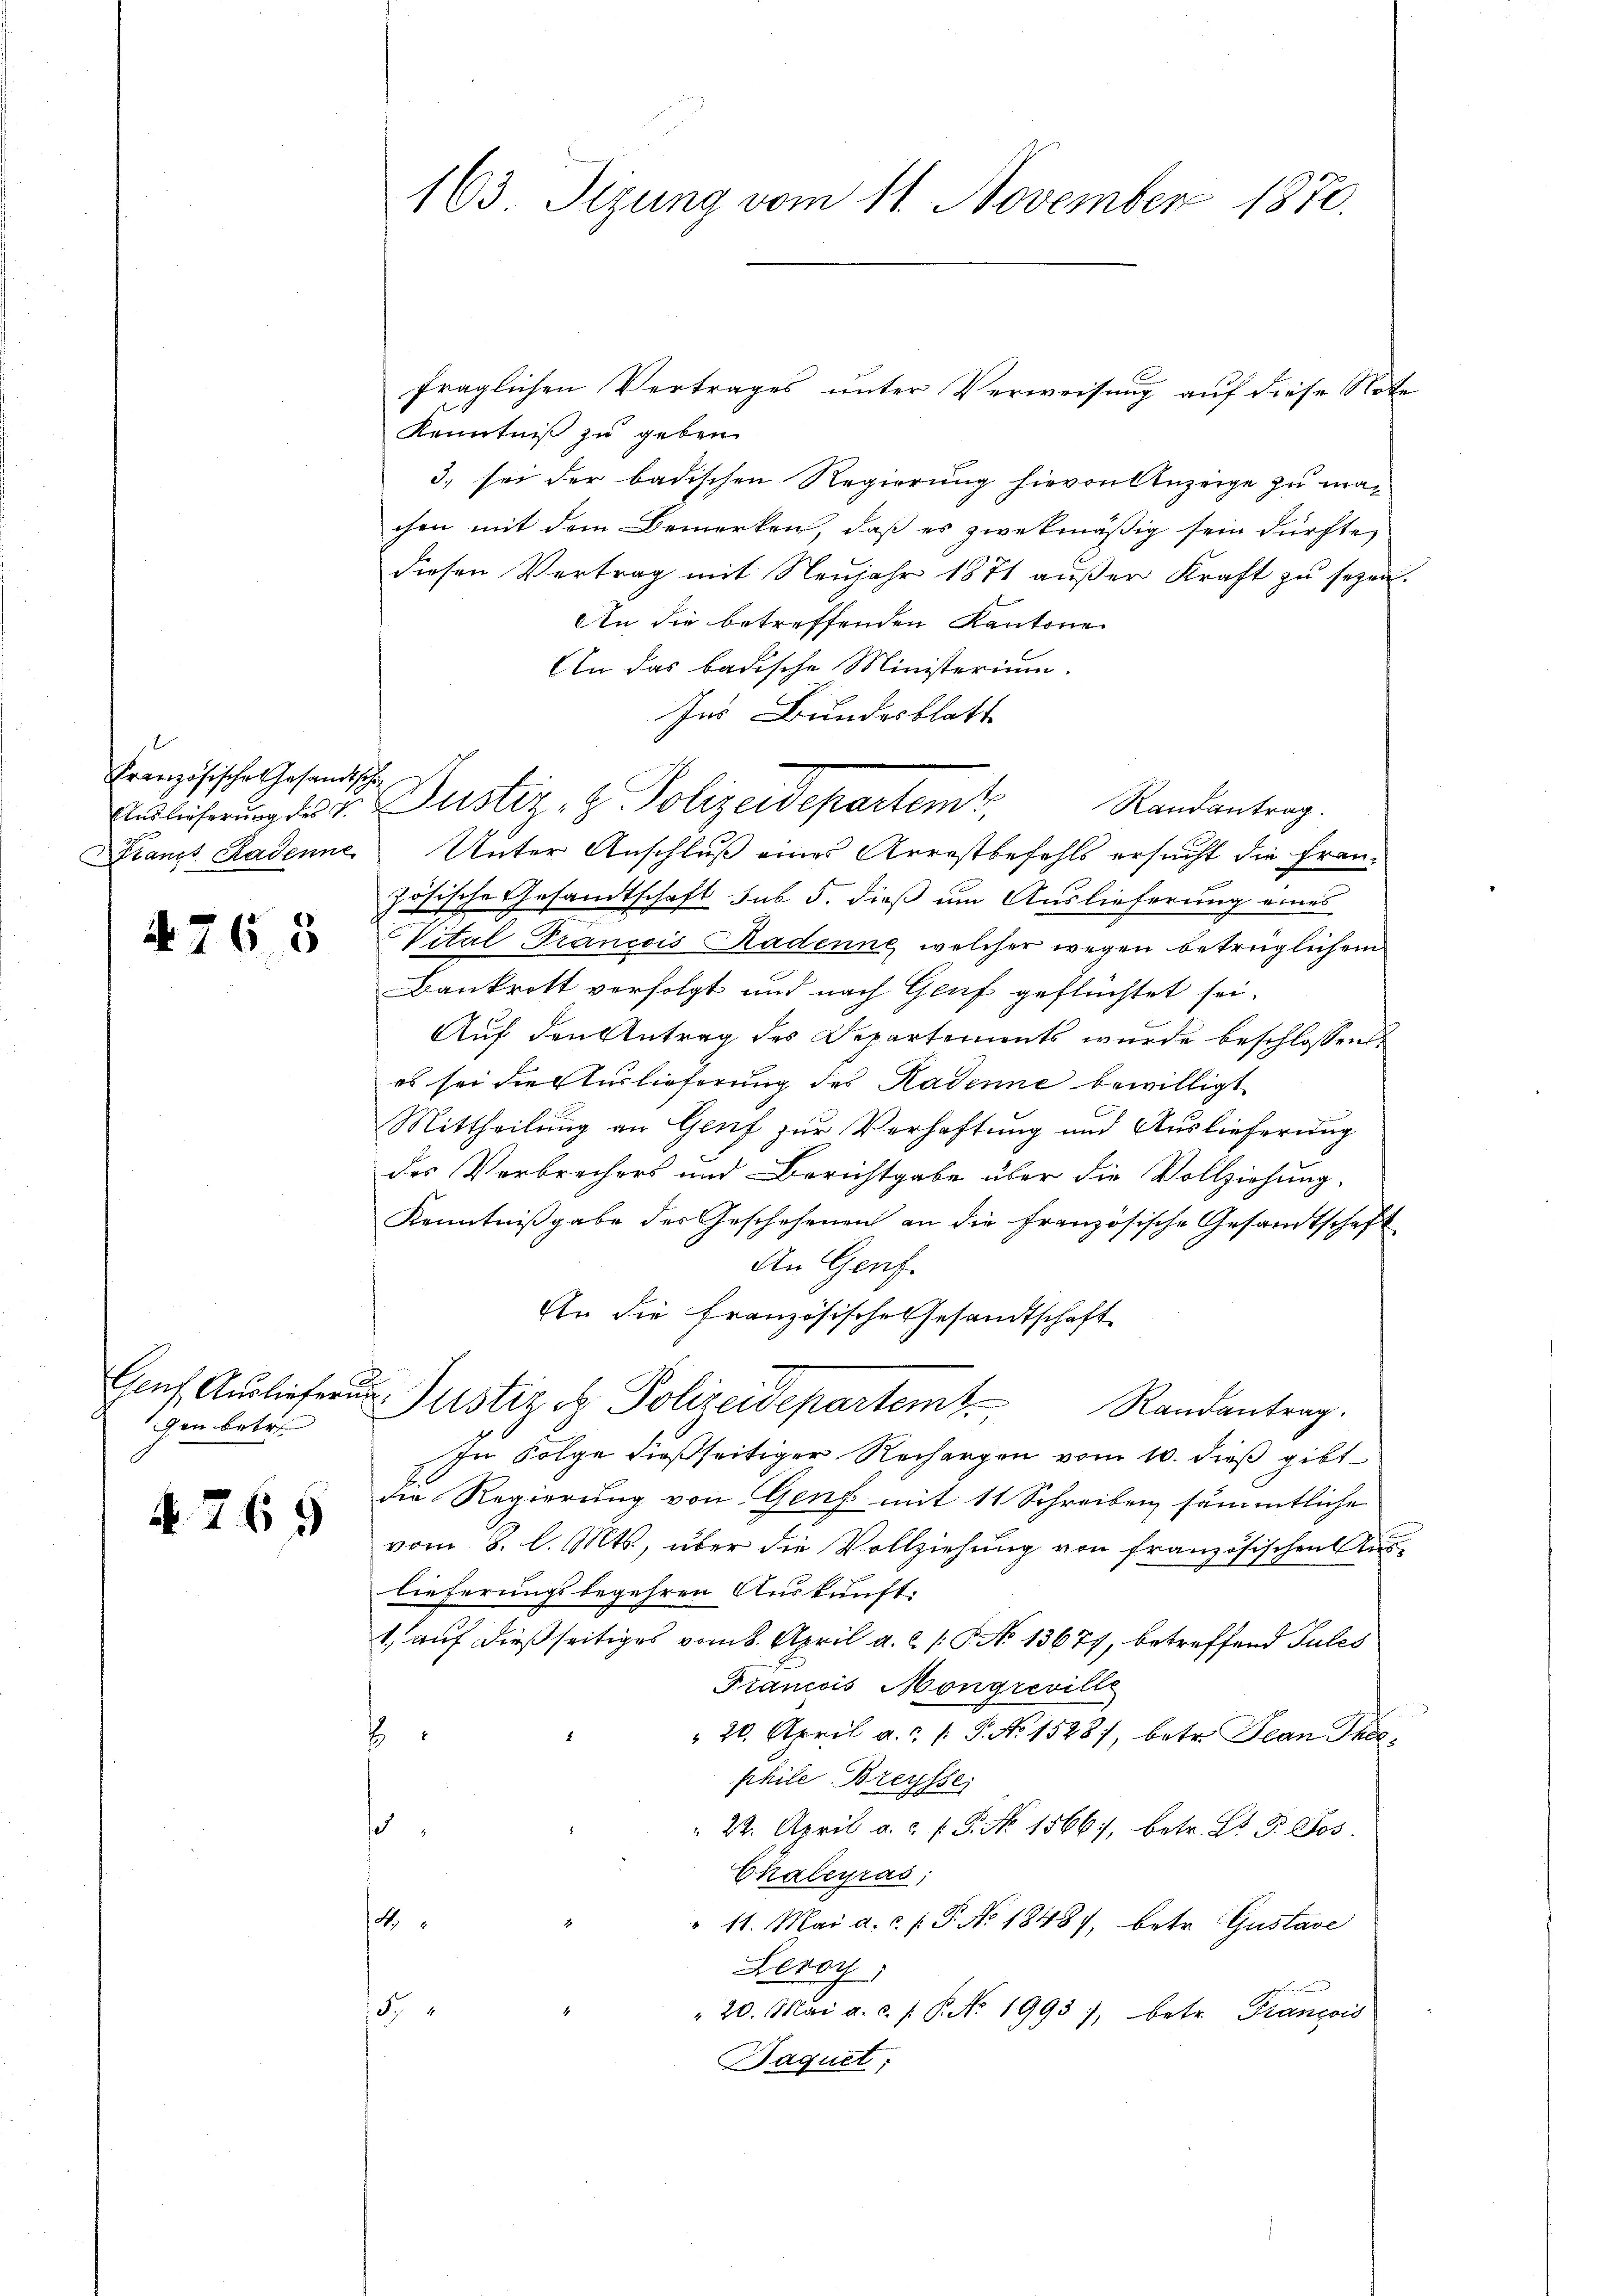
Französische Gesandtschie
Brandt. Kadenne

4768

Gauf Auslieferu
en betr

§ 765

163 Sizung vom 11. November 1870.

fraglichen Vertrages unter Verweisung auf diese Note
Kenntniß zu geben.
3. sei der badischen Regierung hievon Anzeige zu machen mit dem Bemerken, daß es zwekmäßig sein dürfte,
diesen Vertrag mit Neujahr 1871 außer Kraft zu sezen-
An die betreffenden Kantone
An das badische Ministerium.
Ins Bundesblatt
Ausführung des v. Justiz- & Polizeidepartemt
Randantrag.
Unter Anschluß eines Arrestbefehls ersucht die Französische Gesandtschaft sub 5. dieß um Auslieferung eines
Vital-Francois Radenne, welcher wegen betrüglichem
Bankrott verfolgt und nach Genf geflüchtet sei.
Auf den Antrag des Departements wurde beschlossende
es sei die Auslieferung des Kadenne bewilligt
Mittheilung an Genf zur Verhaftung und Auslieferung
des Verbrechers und Berichtgabe über die Vollziehung.
Kenntnißgabe der Geschehenen an die französische Gesandtschaft
An Genf.
An die französische Gesandtschaft
Justiz of Polizeidepartemt. Randantrag.
In Folge dießseitiger Rechargen vom 10. dieß gibt
die Regierung von Genf mit 11 Schreiben sämmtliche
vom 8. l. Mts., über die Vollziehung von französischen
lieferungsbegehren Auskunft.
1. auf dießseitiges vom 8. April a. c. s. S. No 13671, betreffend Pules
Francois Mongreville
 20. April a.c. (T. No 1528), betr. Jean Thee
s
phile Breysse
o
22. April a. f. P. Nr. 1566), betr. Lt. d. Jos.
Chaleyras;
4.
11. Mai a.c. (T. No 18487, betr. Gustave
Leroy,
4
" 20. Mai a. c. P. P. Nr. 1993, betr. François
Baquet;